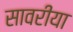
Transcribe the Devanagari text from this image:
सावरीया